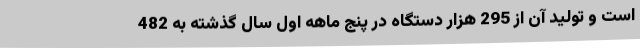
است و تولید آن از 295 هزار دستگاه در پنج ماهه اول سال گذشته به 482